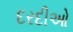
દરદીઓ